Rangoon Lunatic Asylum 1878-1892 - 1878-1892
Year: 1878
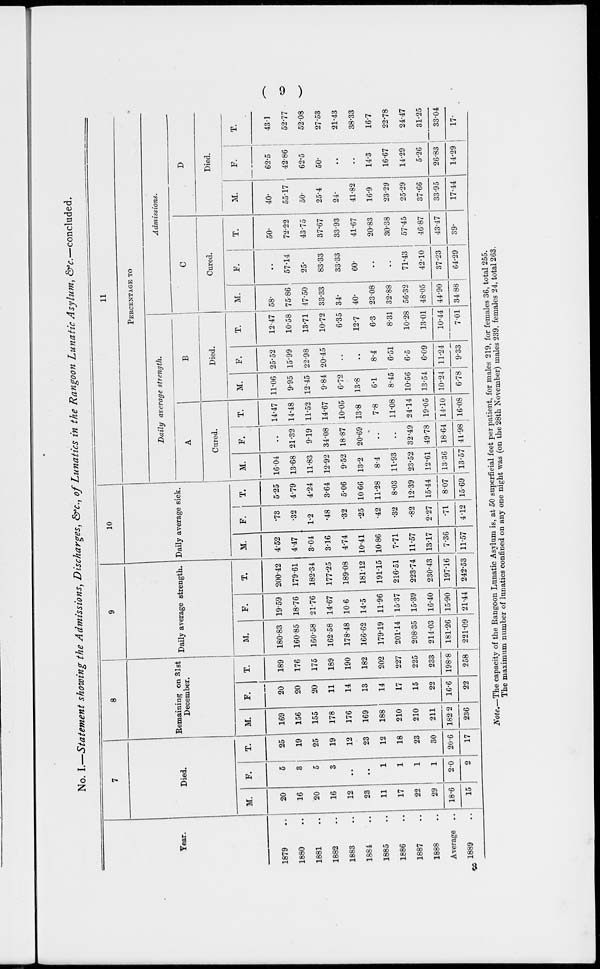
( 9 )
No. I.—Statement showing the Admissions, Discharges, &c., of Lunatics in the Rangoon Lunatic Asylum, &c.—concluded.
Year.
1879 ..
1880 ..
1881 ..
1882 ..
1883 ..
1884 ..
1885 ..
1886 ..
1887 ..
1888 ..
Average ..
1889 ..
7
Died.
M.
20
16
20
16
12
23
11
17
22
29
18.6
15
F.
5
3
5
3
..
..
1
1
1
1
2.0
2
T.
25
19
25
19
12
23
12
18
23
30
20.6
17
8
Remaining on 31st
December.
M.
169
156
155
178
176
169
188
210
210
211
182.2
236
F.
20
20
20
11
14
13
14
17
15
22
16.6
22
T.
189
176
175
189
190
182
202
227
225
233
198.8
258
9
Daily average strength.
M.
180.83
160.85
160.58
162.58
178.48
166.62
179.19
201.14
208.35
214.03
181.26
221.09
F.
19.59
18.76
21.76
14.67
10.6
14.5
11.96
15.37
15.39
16.40
15.90
21.44
T.
200.42
179.61
182.34
177.25
189.08
181.12
191.15
216.51
223.74
230.43
197.16
242.53
10
Daily average sick.
M.
4.52
4.47
3.04
3.16
4.74
10.41
10.86
7.71
11.57
13.17
7.36
11.57
F.
.73
.32
1.2
.48
.32
.25
.42
.32
.82
2.27
.71
4.12
T.
5.25
4.79
4.24
3.64
5.06
10.66
11.28
8.03
12.39
15.44
8.07
15.69
11
PERCENTAGE TO
Daily average strength.
A
Cured.
M.
16.04
13.68
11.83
12.92
9.52
13.2
8.4
11.93
23.52
12.61
13.36
13.57
F.
..
21.32
9.19
34.08
18.87
20.69
..
..
32.49
49.78
18.64
41.98
T.
14.47
14.48
11.52
14.67
10.05
13.8
7.8
11.08
24.14
19.05
14.10
16.08
B
Died.
M.
11.06
9.95
12.45
9.84
6.72
13.8
6.1
8.45
10.56
13.54
10.24
6.78
F.
25.52
15.99
22.98
20.45
..
..
8.4
6.51
6.5
6.09
11.24
9.33
T.
12.47
10.58
13.71
10.72
6.35
12.7
6.3
8.31
10.28
13.01
10.44
7.01
Admissions.
C
M.
58.
75.86
47.50
33.33
34.
40.
23.08
32.88
56.32
48.05
44.90
34.88
Cured.
F.
..
57.14
25.
83.33
33.33
60.
..
..
71.43
42.10
37.23
64.29
T.
50.
72.22
43.75
37.67
33.93
41.67
20.83
30.38
57.45
46.87
43.47
39.
D
Died.
M.
40.
55.17
50.
25.4
24.
41.82
16.9
23.29
25.29
37.66
33.95
17.44
F.
62.5
42.86
62.5
50.
..
..
14.3
16.67
14.29
5.26
26.83
14.29
T.
43.1
52.77
52.08
27.53
21.43
38.33
16.7
22.78
24.47
31.25
33.04
17.
Note.—The capacity of the Rangoon Lunatic Asylum is, at 50 superficial feet per patient, for males 219, for females 36, total 255.
The maximum number of lunatics confined on any one night was (on the 28th November) males 239, females 24, total 263.
3